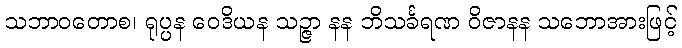
သဘာဝတောစ၊ ရုပ္ပန ဝေဒိယန သဉ္ဇာ နန ဘိသင်္ခရဏ ဝိဇာနန သဘောအားဖြင့်